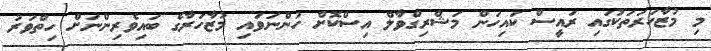
މި މުޒާހަރަތަކުގައި ރައީސް ކައިހަން މަޝްރިގްވާލް އިސްކޮށް ހުންނަވައި މުޒާހަރާގެ ބައިވެރިންނަށް ހިތްވަރު